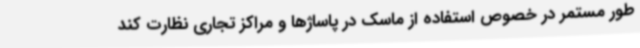
طور مستمر در خصوص استفاده از ماسک در پاساژها و مراکز تجاری نظارت کند